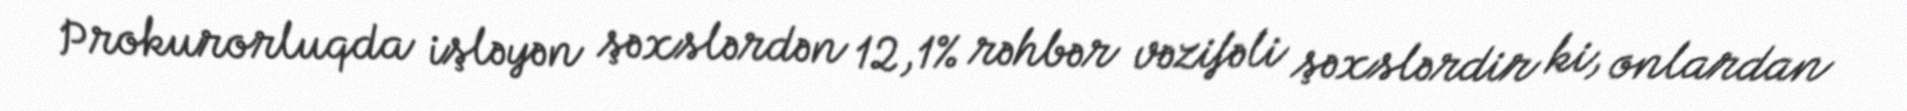
Prokurorluqda işləyən şəxslərdən 12,1% rəhbər vəzifəli şəxslərdir ki, onlardan